画像に写った文字を読んでください
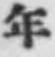
「年」と書いてあります